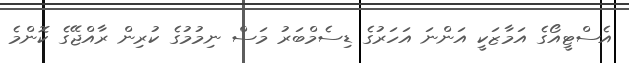
އެސްޓީއޯގެ އަމާޒަކީ އަންނަ އަހަރުގެ ޑިސެމްބަރު މަސް ނިމުމުގެ ކުރިން ރާއްޖޭގެ ކޮންމެ